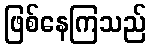
ဖြစ်နေကြသည်